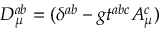
D _ { \mu } ^ { a b } = ( \delta ^ { a b } - g t ^ { a b c } A _ { \mu } ^ { c } )